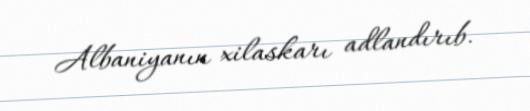
Albaniyanın xilaskarı adlandırıb.